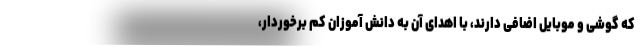
که گوشی و موبایل اضافی دارند، با اهدای آن به دانش آموزان کم برخوردار،